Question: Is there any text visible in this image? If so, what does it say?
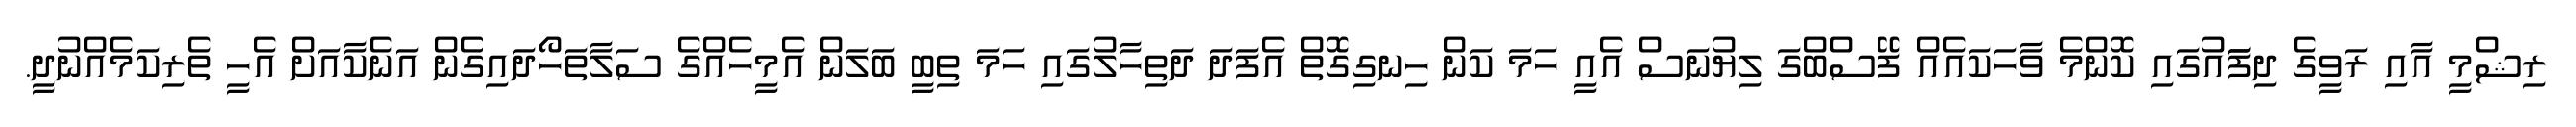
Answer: ރިޝްމީ އާއި ރަވީގެ ދިފަައުގައި ކޮންމެ ވާހަކައެއް ފޭސްބްގަ ލިޔުނަސް އެއީ ހަމަ ކަން ހިނގިގޮތް އެފަދަ ދަތިހާލުގައި ހަމަ ތިބީ ބަލަން އެމީހެއްގެ ސަލާތަހޯދައިގެން އަނެކާއަށް އެހީ ތެރިކަމެއްނުދީ.